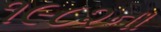
૧૯૮૨ના